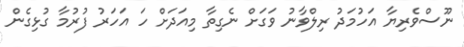
ނޫސްވެރިޔާ އަހުމަދު ރިލްވާނު ވަގަށް ނެގިތާ މިއަދަށް ހަ އަހަރު ފުރުމާ ގުޅިގެން